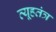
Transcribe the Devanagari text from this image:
व्यूहतंत्र